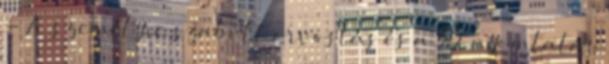
- A személyre szabott orvoslás és a 3D nyomtatás